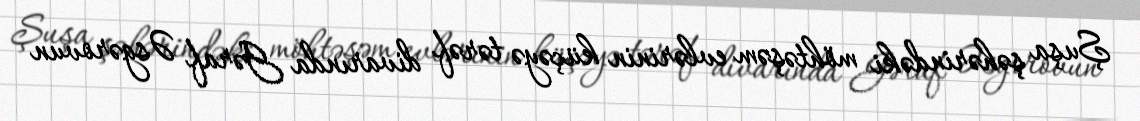
Şuşa şəhərindəki möhtəşəm evlərinin küçəyə tərəf divarında Gəraf Əsgərovun